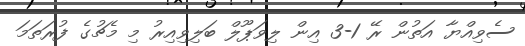
ސެވިއްޔާ އަތުން ރޭ 1-3 އިން ލިވަޕޫލް ބަލިވިއިރު މި މެޗުގެ ފުރަތަމަ